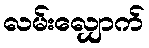
လမ်းလျှောက်